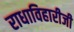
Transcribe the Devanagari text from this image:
राधाविहारीजी